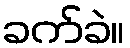
ခက်ခဲ။